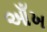
આઁખ